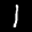
Label: 1